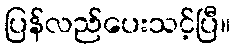
ပြန်လည်ပေးသင့်ပြီ။